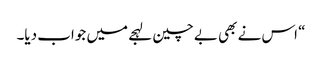
“ اس نے بھی بے چین لہجے میں جواب دیا۔